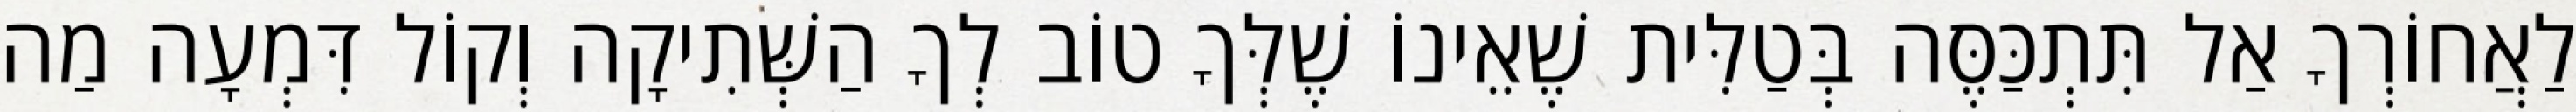
לַאֲחוֹרְךָ אַל תִּתְכַּסֶּה בְּטַלִּית שֶׁאֵינוֹ שֶׁלְּךָ טוֹב לְךָ הַשְּׁתִיקָה וְקוֹל דִּמְעָה מַה